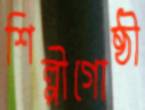
শিল্পীগোষ্ঠী